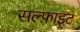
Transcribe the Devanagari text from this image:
सल्फ़ाइट